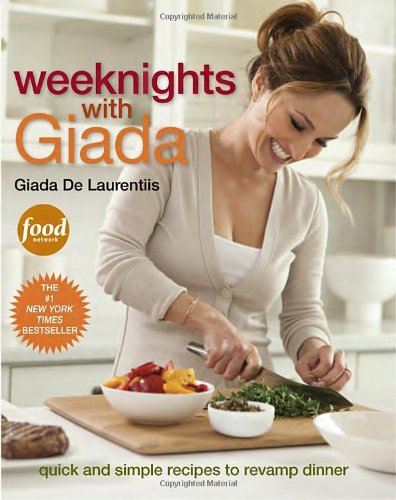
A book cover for Weeknights with Giada: Quick and Simple Recipes to Revamp Dinner; Giada De Laurentiis; Cookbooks, Food & Wine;